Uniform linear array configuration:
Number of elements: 12
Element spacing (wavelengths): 1
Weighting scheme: binomial
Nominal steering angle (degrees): -15
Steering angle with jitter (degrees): -13.068
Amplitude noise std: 0.05
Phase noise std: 0.05

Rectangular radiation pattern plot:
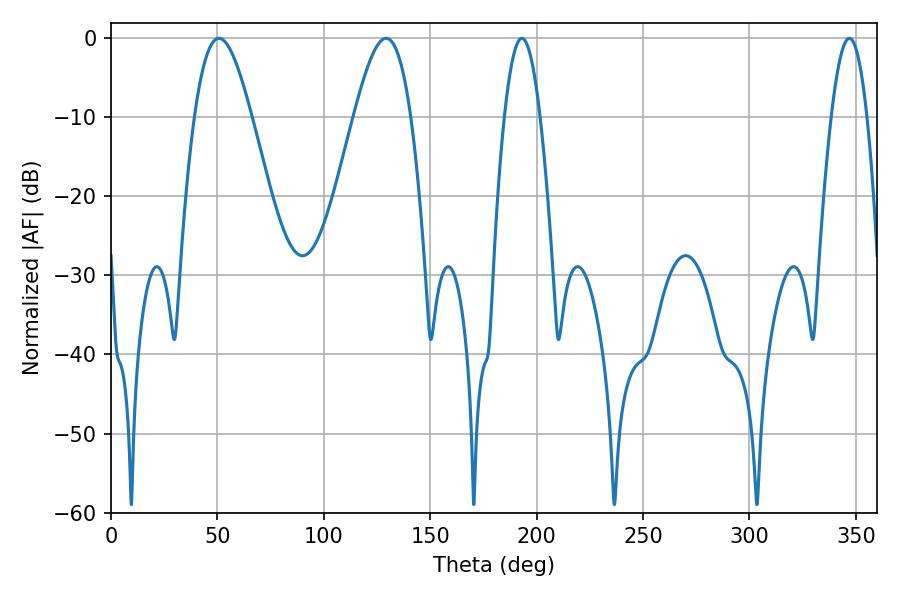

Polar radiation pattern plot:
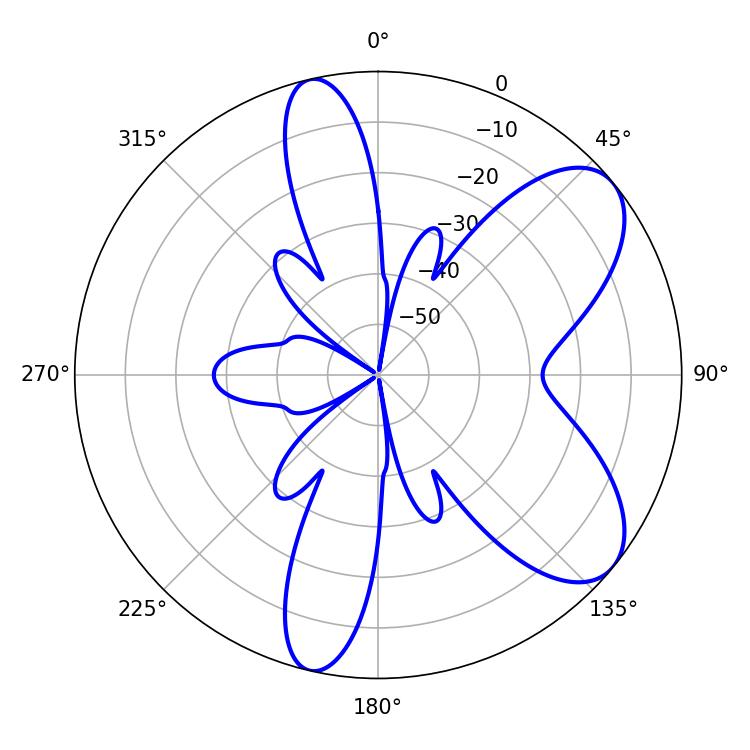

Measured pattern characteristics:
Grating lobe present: TRUE
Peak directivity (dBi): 7.543
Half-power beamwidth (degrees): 14.4
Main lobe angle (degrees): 50.76